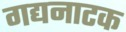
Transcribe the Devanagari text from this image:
गद्यनाटक